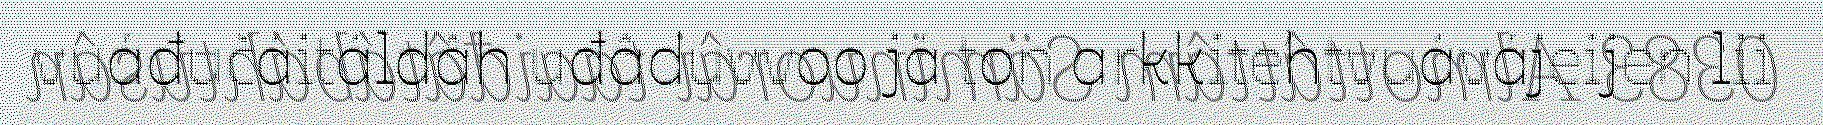
vuáđučáitáldâh uđâduvvoo já ton arkkitehtvuávájeijen lii